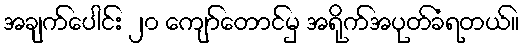
အချက်ပေါင်း ၂၀ ကျော်တောင်မှ အရိုက်အပုတ်ခံရတယ်။